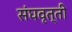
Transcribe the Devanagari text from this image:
संघवृत्ती